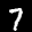
Label: 7